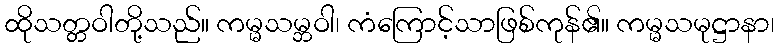
ထိုသတ္တဝါတို့သည်။ ကမ္မသမ္ဘဝါ၊ ကံကြောင့်သာဖြစ်ကုန်၏။ ကမ္မသမုဋ္ဌာနာ၊